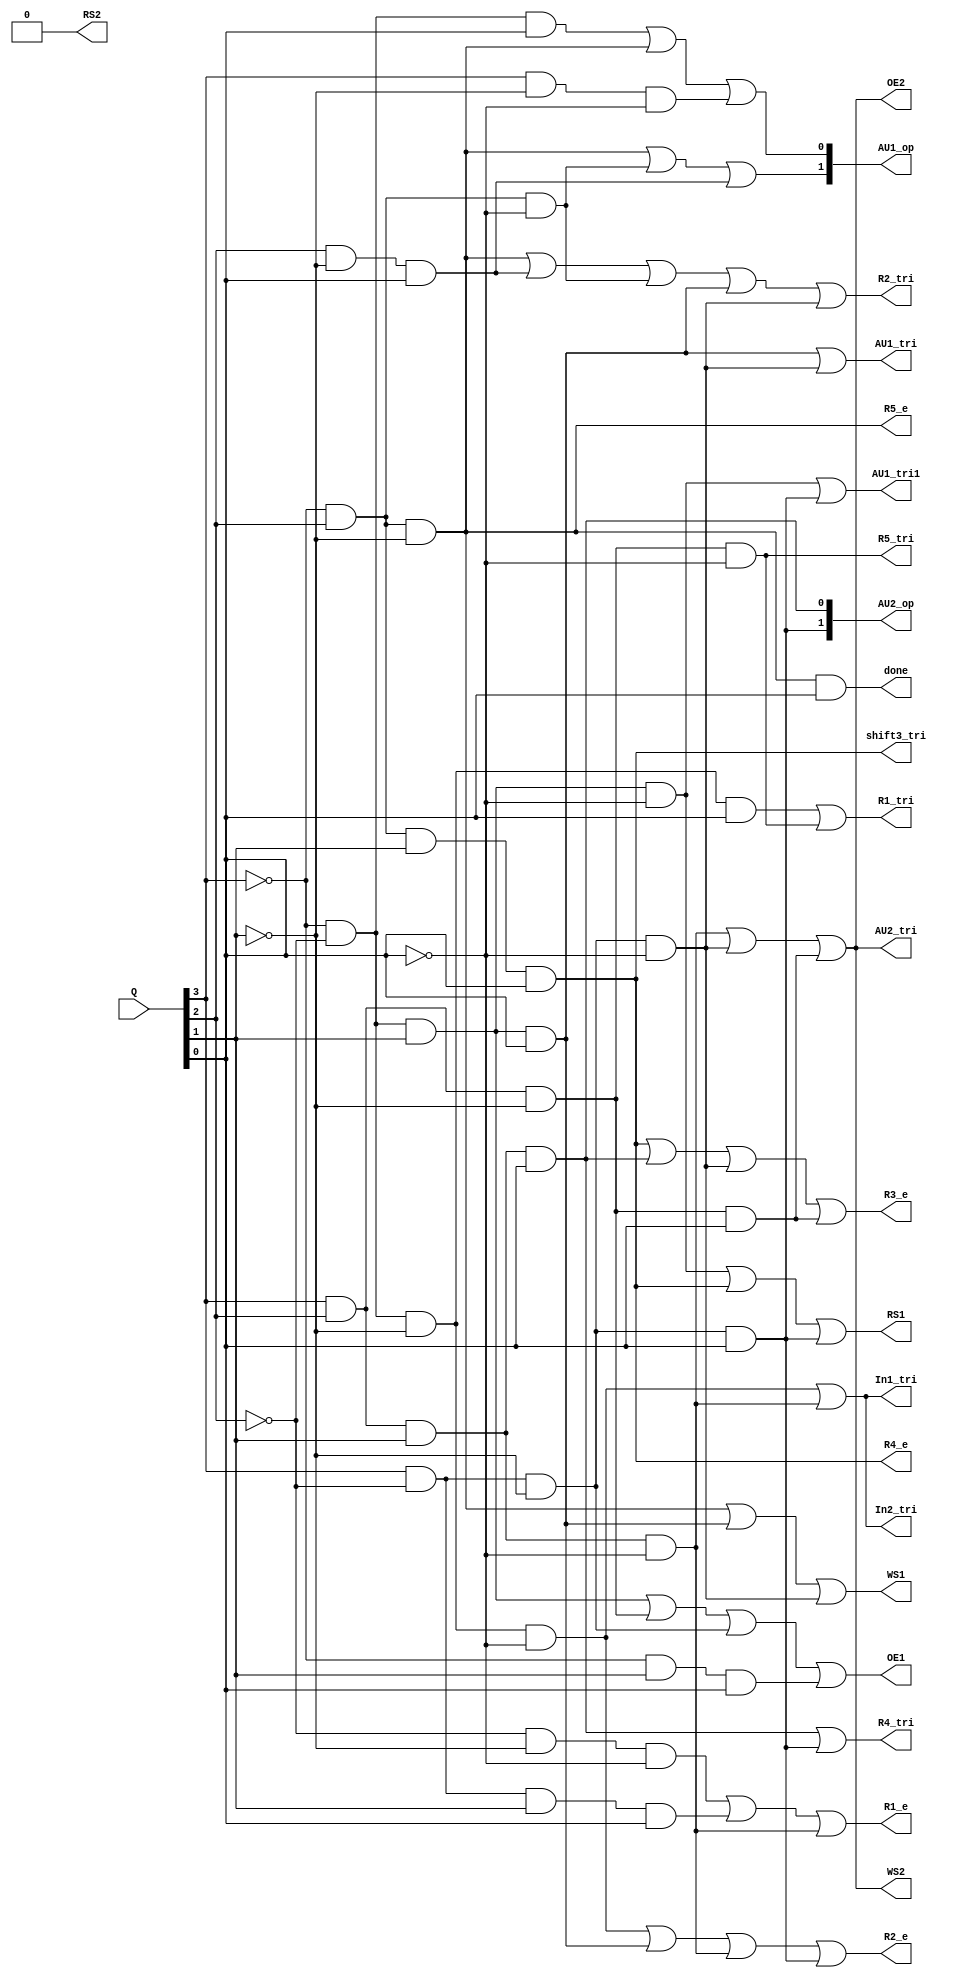
module Control_Output(R1_tri, R2_tri, R1_e, R2_e, AU1_op, In1_tri, In2_tri, 
								AU1_tri, AU1_tri1, shift3_tri, R3_e, R4_e, R5_e, R4_tri, R5_tri, AU2_op, AU2_tri, done, Q,
								OE1, WS1, RS1,OE2,WS2,RS2);
	input [3:0] Q;
	output R1_tri, R2_tri, R1_e, R2_e,In1_tri, In2_tri, AU1_tri, AU1_tri1;
	output shift3_tri, R3_e, R4_e, R5_e, R4_tri, R5_tri, AU2_tri, done;
	output OE1, WS1, RS1,OE2,WS2,RS2;
	output [1:0] AU1_op, AU2_op;
	
	//R1_tri
	wire w_R1t1, w_R1t2;
	and a1 (w_R1t1, ~Q[3], ~Q[2], ~Q[1], Q[0]);
	and a2 (w_R1t2, Q[3], Q[2], ~Q[1], ~Q[0]);
	or o1 (R1_tri, w_R1t1, w_R1t2);
	
	//R2_tri
	wire w_R2t1, w_R2t2, w_R2t3, w_R2t4, w_R2t5;
	and a3 (w_R2t1, ~Q[3], Q[2], ~Q[1]);
	and a4 (w_R2t2, Q[2], ~Q[1], Q[0]);
	and a5 (w_R2t3, ~Q[3], Q[2], ~Q[0]);
	and a6 (w_R2t4, ~Q[3], ~Q[2], Q[1], Q[0]);
	and a7 (w_R2t5, Q[3], ~Q[2], ~Q[1], ~Q[0]);
	or o2 (R2_tri, w_R2t1, w_R2t2, w_R2t3, w_R2t4, w_R2t5);
	
	//R1_e
	wire w_R1e1, w_R1e2, w_R1e3;
	and a8 (w_R1e1, ~Q[2], ~Q[1], ~Q[0]);
	and a9 (w_R1e2, Q[3], ~Q[2], Q[1], Q[0]);
	and a10 (w_R1e3, Q[3], Q[2], Q[1], ~Q[0]);
	or o3 (R1_e, w_R1e1, w_R1e2, w_R1e3);
	
	//R2_e
	wire w_R2e1, w_R2e2, w_R2e3, w_R2e4;
	and a11 (w_R2e1, ~Q[3], ~Q[2], ~Q[1], ~Q[0]);
	and a12 (w_R2e2, ~Q[3], ~Q[2], Q[1], Q[0]);
	and a13 (w_R2e3, Q[3], Q[2], Q[1], ~Q[0]);
	and a14 (w_R2e4, Q[3], ~Q[2], ~Q[1], Q[0]);
	or o4 (R2_e, w_R2e1, w_R2e2, w_R2e3, w_R2e4);
	
	//AU1_op[1]
	wire w_A1op1, w_A1op2, w_A1op3;
	and a15 (w_A1op1, ~Q[3], Q[2], ~Q[1]);
	and a16 (w_A1op2, ~Q[3], Q[2], ~Q[0]);
	and a17 (w_A1op3, Q[2], ~Q[1], Q[0]);
	or o5 (AU1_op[1], w_A1op1, w_A1op2, w_A1op3);
	
	//AU1_op[0]
	wire w_A10op1, w_A10op2, w_A10op3;
	and a18 (w_A10op1, ~Q[3], ~Q[2], Q[0]);
	and a19 (w_A10op2, ~Q[3], Q[2], ~Q[1]);
	and a20 (w_A10op3, Q[3], ~Q[1], ~Q[0]);
	or o6 (AU1_op[0], w_A10op1, w_A10op2, w_A10op3);

	//In1_tri
	wire I1t1,I1t2;
	and a21 (I1t1, ~Q[3], ~Q[2], ~Q[1], ~Q[0]);
	and a22 (I1t2, Q[3], Q[2], Q[1], ~Q[0]);
	or o7 (In1_tri, I1t1, I1t2);
	
	//In2_tri
	or o8 (In2_tri, I1t1, I1t2);
	
	//AU1_tri
	wire A1t1,A1t2;
	and a23(A1t1, ~Q[3], ~Q[2], Q[1], Q[0]);
	and a24(A1t2, Q[3], ~Q[2], ~Q[1], ~Q[0]);
	or o9 (AU1_tri, A1t1, A1t2);
	
	//AU1_tr1
	wire A11t1,A11t2;
	and a23(A11t1, ~Q[3], ~Q[2], Q[1], ~Q[0]);
	and a24(A11t2, Q[3], ~Q[2], ~Q[1], Q[0]);
	or o17 (AU1_tri1, A11t1, A11t2);
	
	//shif3_tri
	and a25 (shift3_tri, ~Q[3], Q[2], Q[1], Q[0]);
	
	//AU2_op[1]
	and a26 (AU2_op[1], Q[3], ~Q[2], ~Q[1], Q[0]);
	
	//R3_e
	wire R3e1,R3e2, R3e3, R3e4;
	and a27 (R3e1, ~Q[3], Q[2], Q[1], Q[0]);
	and a28 (R3e2, Q[3], Q[2], Q[1], Q[0]);
	and a29 (R3e3, Q[3], ~Q[2], ~Q[1], ~Q[0]);
	and a30 (R3e4, Q[3], Q[2], ~Q[1], Q[0]);
	or o10 (R3_e, R3e1, R3e2, R3e3, R3e4);
	
	//R4_e
	assign R4_e = shift3_tri;
	
	//R5_e
	and a31 (R5_e, ~Q[3], Q[2], ~Q[1]);
	
	//R4_tri
	wire R4t1,R4t2;
	and a32 (R4t1, Q[3], Q[2], Q[1], Q[0]);
	and a33 (R4t2, Q[3], ~Q[2], ~Q[1], Q[0]);
	or o11 (R4_tri, R4t1, R4t2);
	
	//R5_tri
	and a34 (R5_tri, Q[3], Q[2], ~Q[1], ~Q[0]);
	
	//AU2_op[0]
	and a35 (AU2_op[0], Q[3], Q[2], Q[1], Q[0]);
	
	//AU2_tri
	wire A2t1,A2t2,A2t3;
	and a36 (A2t1, Q[3], Q[2], Q[1], ~Q[0]);
	and a37 (A2t2, Q[3], ~Q[2], ~Q[1], ~Q[0]);
	and a38 (A2t3, Q[3], Q[2], ~Q[1], Q[0]);
	or o12 (AU2_tri, A2t1, A2t2, A2t3);
	
	//OE1
	wire OE1_1, OE1_2, OE1_3, OE1_4;
	and a39 (OE1_1, ~Q[3], ~Q[2], Q[1]);
	and a40 (OE1_2, Q[3], Q[2], ~Q[1]);
	and a41 (OE1_3, Q[3], ~Q[2], ~Q[1]);
	and a42 (OE1_4, ~Q[3], Q[1], Q[0]);
	or o13 (OE1, OE1_1, OE1_2, OE1_3, OE1_4);
	
	//WS1
	wire WS1_1, WS1_2, WS1_3;
	and a43 (WS1_1, ~Q[3], Q[2], ~Q[1]);
	and a44 (WS1_2, ~Q[3], ~Q[2], Q[1], Q[0]);
	and a45 (WS1_3, Q[3], ~Q[2], ~Q[1], ~Q[0]);
	or o14 (WS1, WS1_1, WS1_2, WS1_3);
	
	//RS1
	wire RS1_1, RS1_2, RS1_3;
	and a46 (RS1_1, ~Q[3], ~Q[2], Q[1], ~Q[0]);
	and a47 (RS1_2, ~Q[3], Q[2], Q[1], Q[0]);
	and a48 (RS1_3, Q[3], ~Q[2], ~Q[1], Q[0]);
	or o15 (RS1, RS1_1, RS1_2, RS1_3);
	
	//OE2
	wire OE2_1, OE2_2, OE2_3;
	and a49 (OE2_1, Q[3], Q[2], Q[1], ~Q[0]);
	and a50 (OE2_2, Q[3], ~Q[2], ~Q[1], ~Q[0]);
	and a51 (OE2_3, Q[3], Q[2], ~Q[1], Q[0]);
	or o16 (OE2, OE2_1, OE2_2, OE2_3);
	
	//WS2
	assign WS2 = OE2;
	
	//RS2
	assign RS2 = 1'b0;
	
	//done
	and a52 (done, ~Q[3], Q[2], ~Q[1], Q[0]);
endmodule